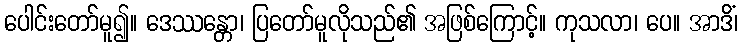
ပေါင်းတော်မူ၍။ ဒေဿန္တော၊ ပြတော်မူလိုသည်၏ အဖြစ်ကြောင့်။ ကုသလာ၊ ပေ။ အာဒိံ၊